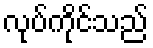
လုပ်ကိုင်သည်